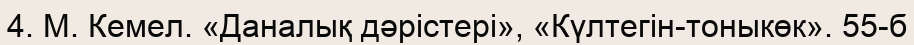
4. М. Кемел. «Даналық дәрiстерi», «Күлтегiн-тоныкөк». 55-б